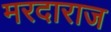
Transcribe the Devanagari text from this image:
मरदाराज